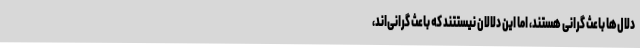
دلال‌ها باعث گرانی هستند، اما این دلالان نیستتند که باعث گرانی‌اند،